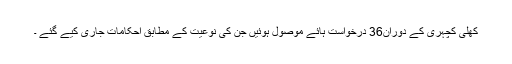
کھلی کچہری کے دوران36 درخواست ہائے موصول ہوئیں جن کی نوعیت کے مطابق احکامات جاری کیے گئے ۔